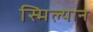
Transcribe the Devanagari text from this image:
स्मिल्यान